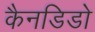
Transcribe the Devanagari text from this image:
कैनडिडो